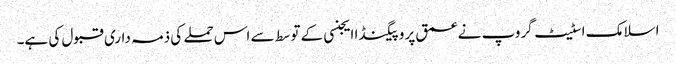
اسلامک اسٹیٹ گروپ نے عمق پروپیگنڈا ایجنسی کے توسط سے اس حملے کی ذمہ داری قبول کی ہے۔